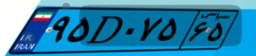
۹۵D۰۷۵۶۵